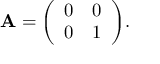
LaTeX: \mathbf { A } = { \left( \begin{array} { l l } { 0 } & { 0 } \\ { 0 } & { 1 } \end{array} \right) } .